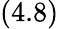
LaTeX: (4.8)